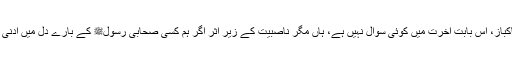
یزید کون تھا، خوش کردار تھا یا بدکردار، لائق تھا یا نالائق، شرابی تھا یا پاکباز، اس بابت آخرت میں کوئی سوال نہیں ہے، ہاں مگر ناصبیت کے زیر اثر اگر ہم کسی صحابی رسولﷺ کے بارے دل میں ادنیٰ سا بھی بغض لیے دنیا سے گئے تو یہ بات جہنم تک لے جانے کو کافی ہے۔